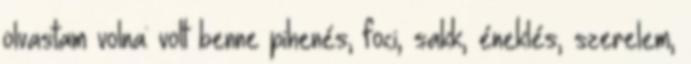
olvastam volna: volt benne pihenés, foci, sakk, éneklés, szerelem,